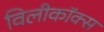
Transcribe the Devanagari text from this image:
विलीकॉक्स